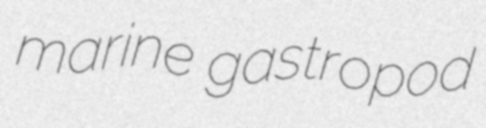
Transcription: marine gastropod